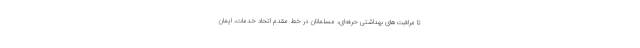
تا مراقبت‌های بهداشتی حرفه‌ای، مسلمانان در خط مقدم اتحاد خدمات، ایمان